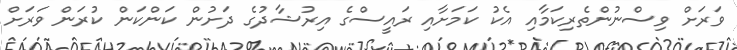
ވަރަށް ވިސްނުންތެރިކަމާއި އެކު ކަމަށާއި ރައީސްގެ އިރުޝާދުގެ ދަށުން ކަންކަން ކުރަން ވަރަށް